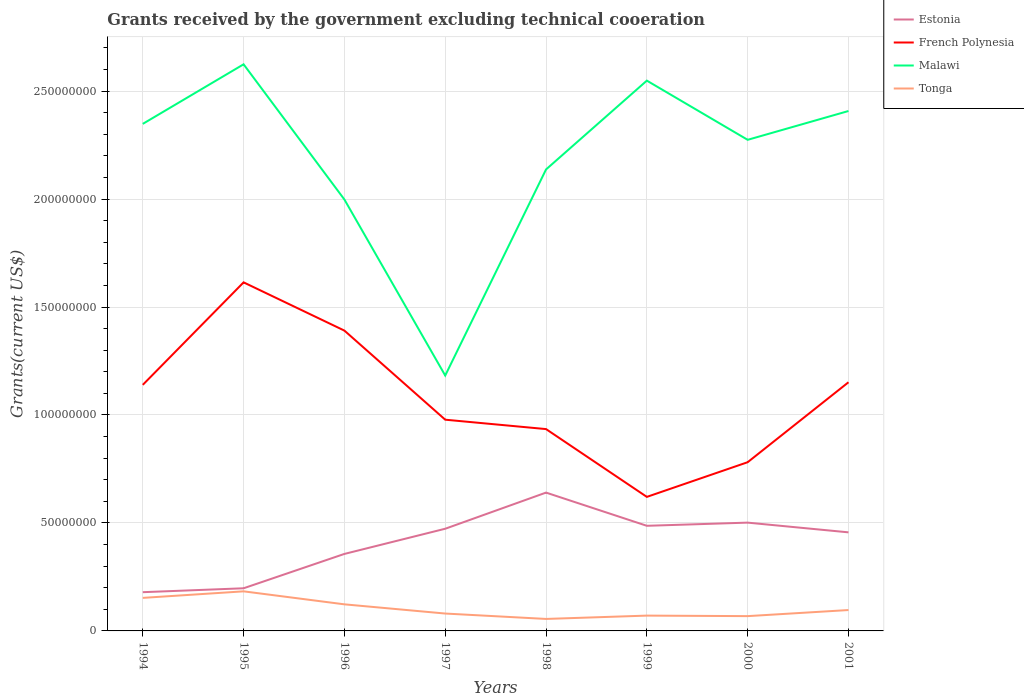
| Years | Estonia | French Polynesia | Malawi | Tonga |
 | --- | --- | --- | --- | --- |
 | 1994 | 1.79e+07 | 1.14e+08 | 2.35e+08 | 1.53e+07 |
 | 1995 | 1.98e+07 | 1.61e+08 | 2.62e+08 | 1.83e+07 |
 | 1996 | 3.57e+07 | 1.39e+08 | 2e+08 | 1.23e+07 |
 | 1997 | 4.73e+07 | 9.78e+07 | 1.18e+08 | 8.05e+06 |
 | 1998 | 6.41e+07 | 9.35e+07 | 2.14e+08 | 5.55e+06 |
 | 1999 | 4.87e+07 | 6.21e+07 | 2.55e+08 | 7.09e+06 |
 | 2000 | 5.02e+07 | 7.81e+07 | 2.27e+08 | 6.85e+06 |
 | 2001 | 4.56e+07 | 1.15e+08 | 2.41e+08 | 9.67e+06 |